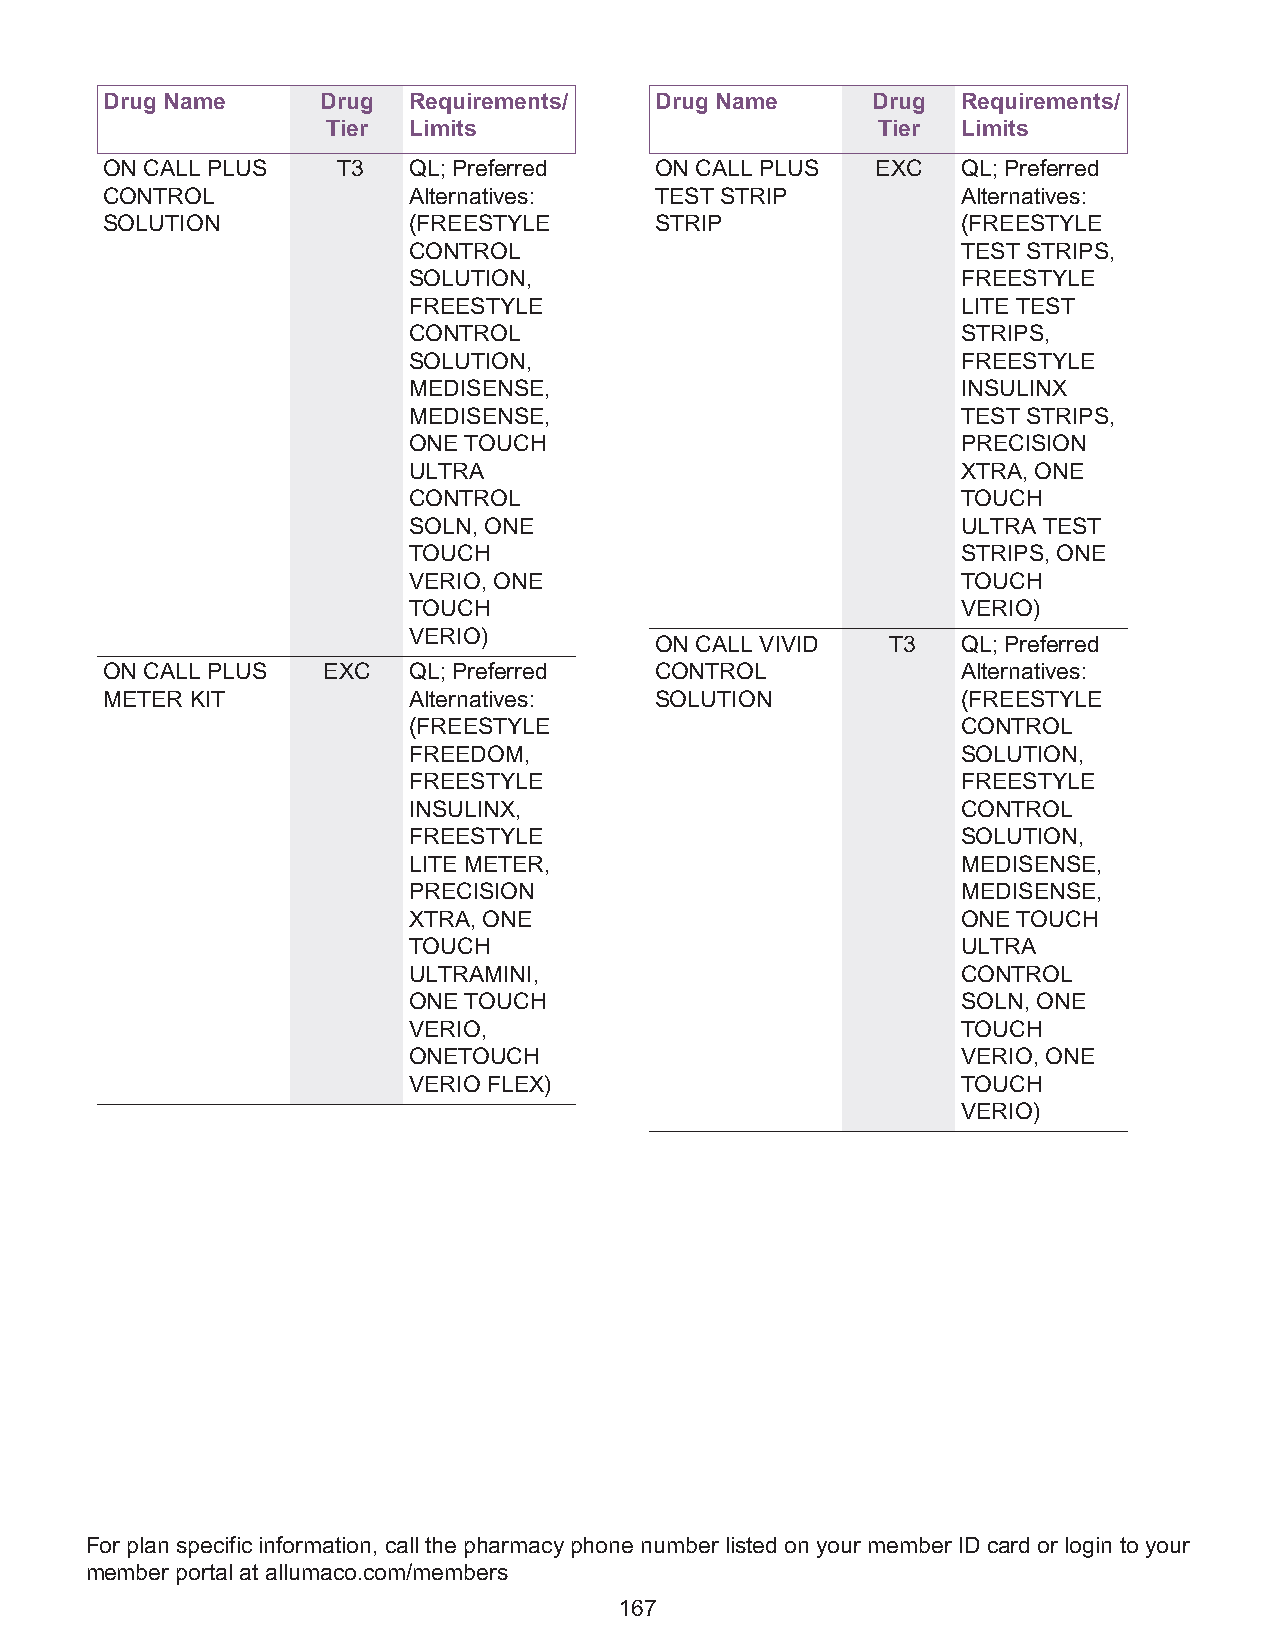
Drug Name     Drug  Requirements/   Drug Name      Drug  Requirements/
 Tier Limits                         Tier  Limits
 ON CALL PLUS   T3   QL; Preferred   ON CALL PLUS   EXC   QL; Preferred
 CONTROL             Alternatives:   TEST STRIP           Alternatives:
 SOLUTION            (FREESTYLE      STRIP                (FREESTYLE
 CONTROL                              TEST STRIPS,
 SOLUTION,                            FREESTYLE
 FREESTYLE                            LITE TEST
 CONTROL                              STRIPS,
 SOLUTION,                            FREESTYLE
 MEDISENSE,                           INSULINX
 MEDISENSE,                           TEST STRIPS,
 ONE TOUCH                            PRECISION
 ULTRA                                XTRA, ONE
 CONTROL                              TOUCH
 SOLN, ONE                            ULTRA TEST
 TOUCH                                STRIPS, ONE
 VERIO, ONE                           TOUCH
 TOUCH                                VERIO)
 VERIO)
 ON CALL VIVID   T3   QL; Preferred
 ON CALL PLUS  EXC   QL; Preferred   CONTROL              Alternatives:
 METER KIT           Alternatives:   SOLUTION             (FREESTYLE
 (FREESTYLE                           CONTROL
 FREEDOM,                             SOLUTION,
 FREESTYLE                            FREESTYLE
 INSULINX,                            CONTROL
 FREESTYLE                            SOLUTION,
 LITE METER,                          MEDISENSE,
 PRECISION                            MEDISENSE,
 XTRA, ONE                            ONE TOUCH
 TOUCH                                ULTRA
 ULTRAMINI,                           CONTROL
 ONE TOUCH                            SOLN, ONE
 VERIO,                               TOUCH
 ONETOUCH                             VERIO, ONE
 VERIO FLEX)                          TOUCH
 VERIO)
 For plan specific information, call the pharmacy phone number listed on your member ID card or login to your
 member portal at allumaco.com/members
 167